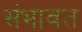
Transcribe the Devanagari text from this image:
संभावत